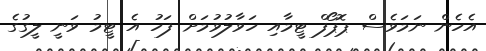
އެހެން ނަމަވެސް ޕޮޕޯފް ޓީމާއި ހަވާލުވުމަށް ފަހު އެ ޓީމު ވަނީ ލީގުގެ